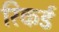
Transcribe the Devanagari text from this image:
रिकर्ड